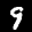
Label: 9